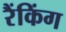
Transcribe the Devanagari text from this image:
रैंकिंग